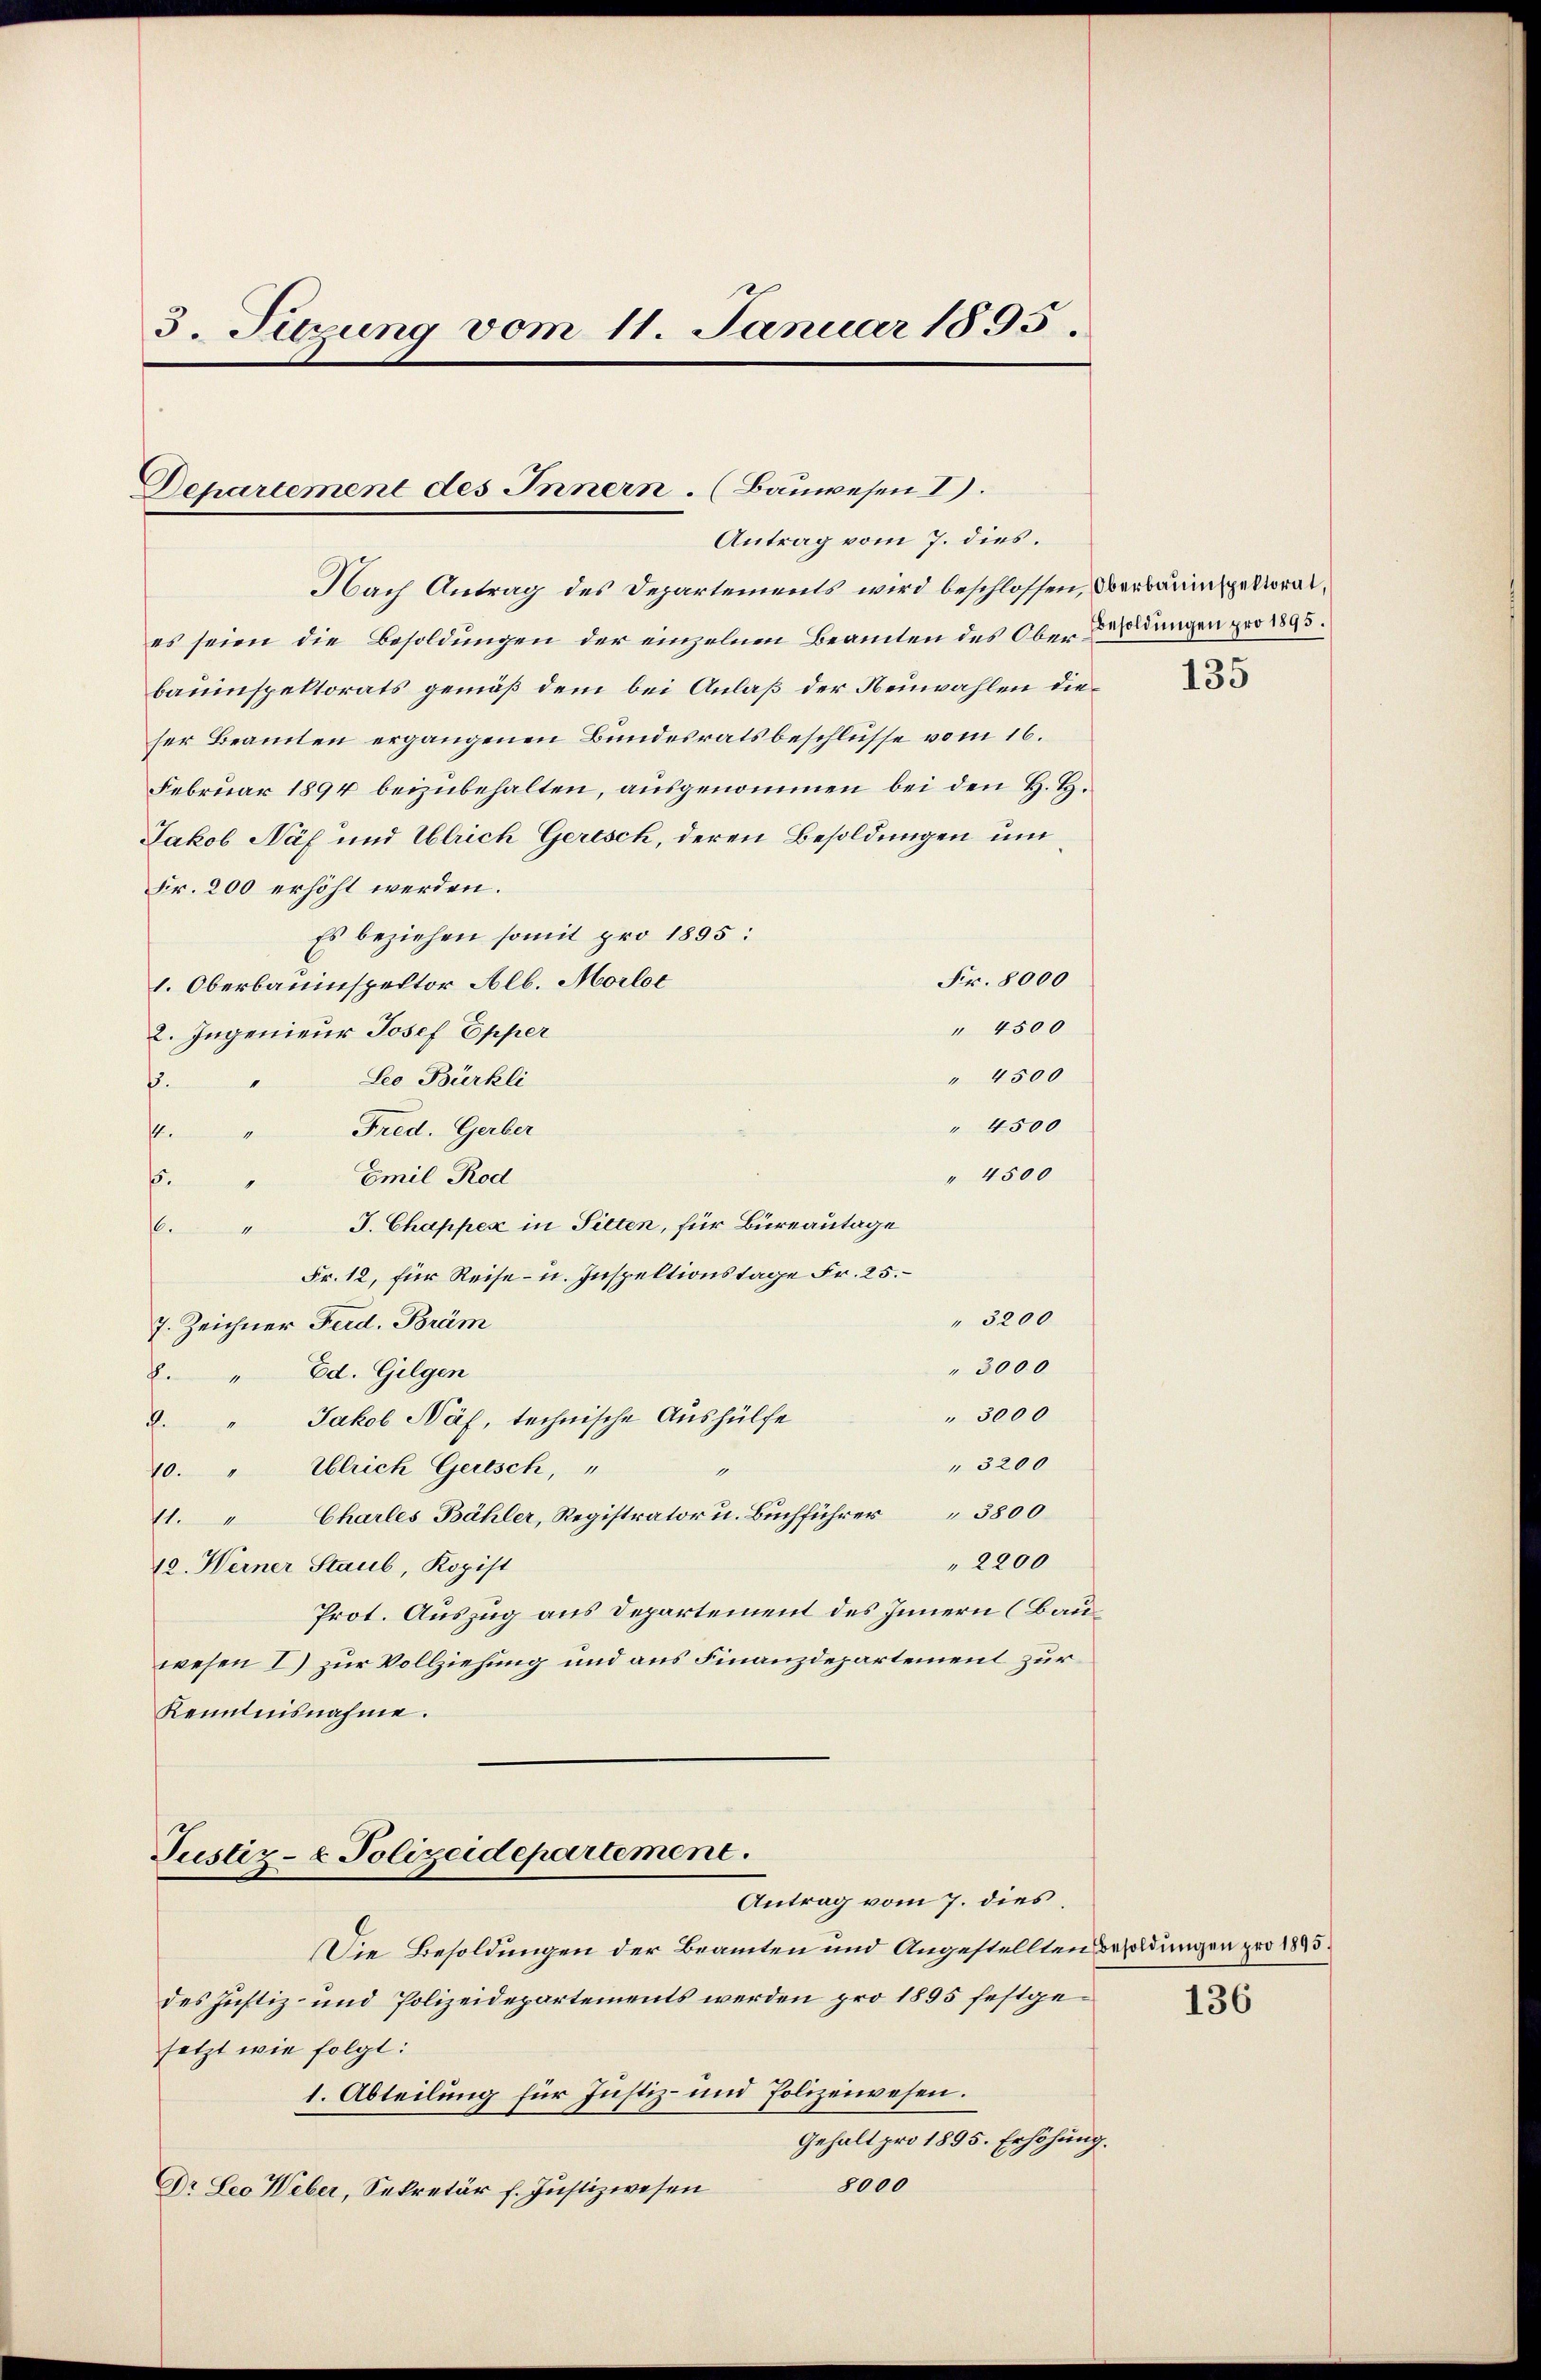
3. Sitzung vom 11. Januar 1895.

Departement des Innern. (Bauwesen I).
Antrag vom 7. dies.

Nach Antrag des Departements wird beschlossen, Oberbauinspektorat.
es seien die Besoldungen der einzelnen Beamten des Ober Bendungen pro 1895.
bauinspektorats gemäß dem bei Anlaß der Neuwahlen dieser Beamten ergangenen Bundesratsbeschlüsse vom 16.
Februar 1894 beizubehalten, ausgenommen bei den H. H.
Jakob Näf und Ulrich Gerisch, deren Besoldungen um
Fr. 200 erhöht werden.
Es beziehen somit pro 1895:
Fr. 8000
1. Oberbauinspector Alb. Morloc
" 4500
2. Ingenieur Josef Epper
" 4500
Leo Bürkli
f
" 4500
Fred. Gerber
14.
" 4500
Emil Rod
15.
J. Chappex in Sitten, für Büreautage
1
Fr. 12, für Reise- u. Inspektionstage Fr. 25.
" 3200
7. Zeichner Ferd. Bräm
" 3000
Ed. Gilgen
f
" 3000
Jakob Näf, technische Aushülfe
.
" 3200
10. " Ulrich Gerisch, "
(1. " Charles Bähler, Registrator u. Buchführer " 3800
" 2200
12. Weiner Staub, Kopist
Prot. Auszug aus Departement des Innern (Bauwesen I) zur Vollziehung und aus Finanzdepartement zur
Kenntnisnahme.

Justiz- & Polizeidepartement.
Antrag vom 7. dies

Die Besoldungen der Beamten und Angestellten Besoldungen pro 1895.
des Justiz- und Polizeidepartements werden pro 1895 festgesetzt wie folgt:
1. Abteilung für Justiz- und Polizeiwesen.
Gehalt pro 1895. Erhöhung.
8000
Dr Leo Weber, Sekretär f. Justizwesen

135

136